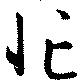
忙